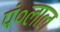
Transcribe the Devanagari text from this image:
पं०लाल